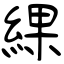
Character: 綶